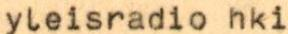
yleisradio hki